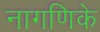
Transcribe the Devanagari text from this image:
नागणिके